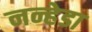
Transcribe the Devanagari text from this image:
नन्हेडा